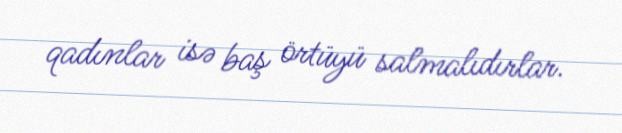
qadınlar isə baş örtüyü salmalıdırlar.